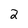
Character: 2